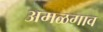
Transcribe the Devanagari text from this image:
अमळगाव